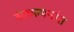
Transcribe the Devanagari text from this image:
संकल्पनांत